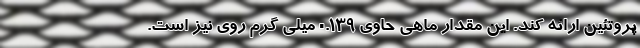
پروتئین ارائه کند. این مقدار ماهی حاوی 0.139 میلی گرم روی نیز است.